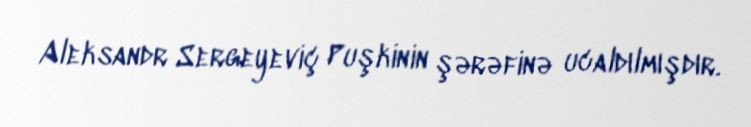
Aleksandr Sergeyeviç Puşkinin şərəfinə ucaldılmışdır.